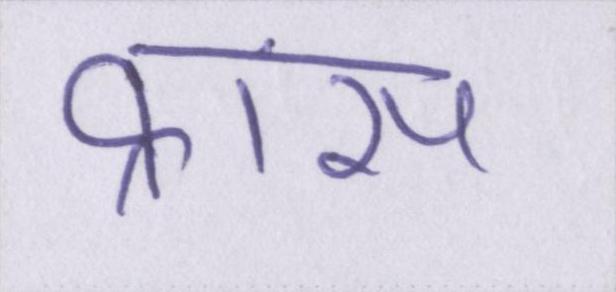
फ्रांस